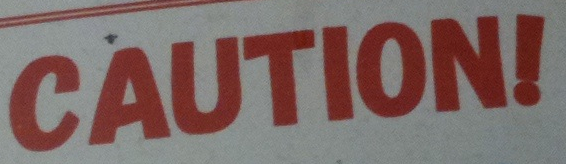
CAUTION!